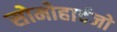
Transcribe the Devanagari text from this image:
सोमोहार्दजो